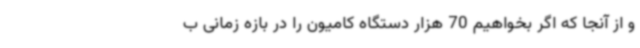
و از آنجا که اگر بخواهیم 70 هزار دستگاه کامیون را در بازه زمانی ب